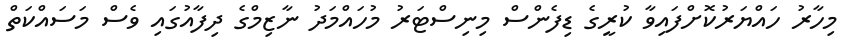
މިހާރު ހައްޔަރުކޮށްފައިވާ ކުރީގެ ޑިފެންސް މިނިސްޓަރު މުހައްމަދު ނާޒިމްގެ ދިފާއުގައި ވެސް މަސައްކަތް